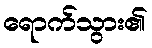
ရောက်သွား၏